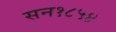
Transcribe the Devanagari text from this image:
सन१८५४